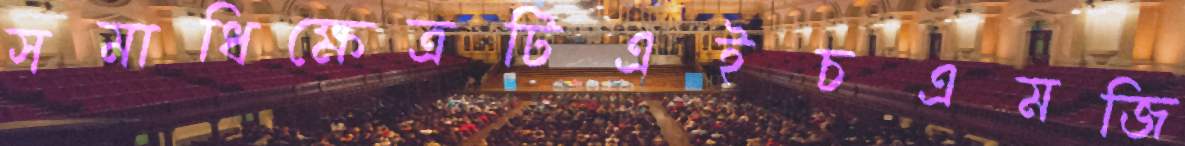
সমাধিক্ষেত্রটিএইচএমজি